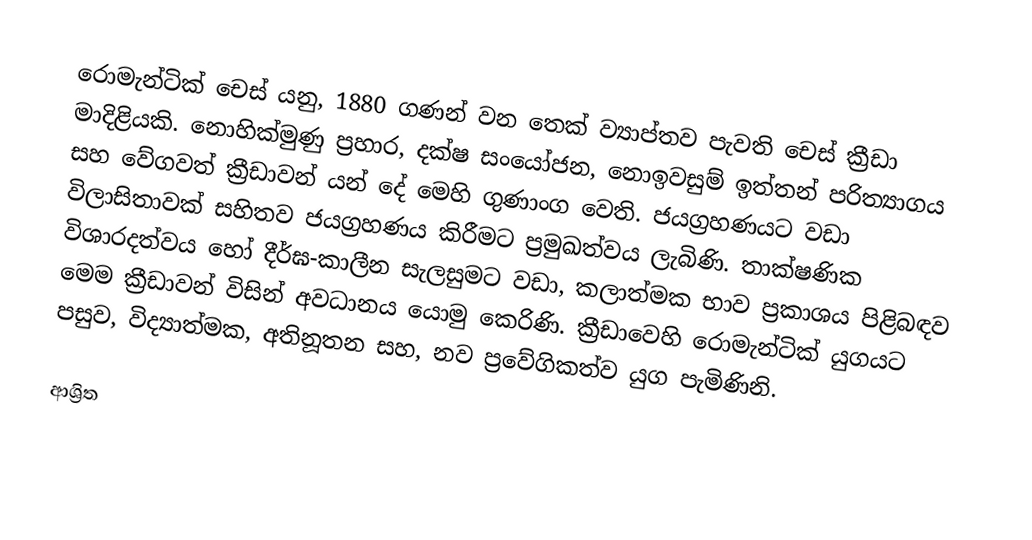
රොමැන්ටික් චෙස් යනු,  1880 ගණන් වන තෙක් ව්‍යාප්තව පැවති චෙස් ක්‍රීඩා මාදිළියකි. නොහික්මුණු ප්‍රහාර, දක්ෂ සංයෝජන, නොඉවසුම් ඉත්තන් පරිත්‍යාගය සහ  වේගවත් ක්‍රීඩාවන් යන් දේ මෙහි ගුණාංග වෙති. ජයග්‍රහණයට වඩා  විලාසිතාවක් සහිතව ජයග්‍රහණය කිරීමට ප්‍රමුඛත්වය ලැබිණි. තාක්ෂණික  විශාරදත්වය හෝ දීර්ඝ-කාලීන සැලසුමට වඩා, කලාත්මක භාව ප්‍රකාශය පිළිබඳව මෙම ක්‍රීඩාවන් විසින් අවධානය යොමු කෙරිණි.  ක්‍රීඩාවෙහි රොමැන්ටික් යුගයට පසුව, විද්‍යාත්මක, අතිනූතන සහ, නව ප්‍රවේගිකත්ව යුග පැමිණිනි.

ආශ්‍රිත